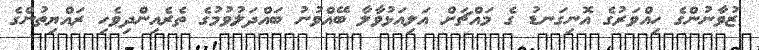
ޒުވާނުންގެ ހިއްވަރުގެ އޮނިގަނޑު ގެ މައްޗަށް އަލިއަޅުވާލާ ބޭއްވުނު ބައްދަލުވުމުގެ ތެރެއިންދިވެހި ރައްޔިތުންގެ